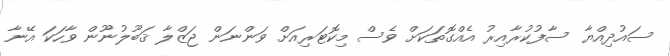
ސައުދިއްޔާ ސާފުކުރާއިރު އެއްގޮތަކަށް ވެސް މިކޮޓަރިއަށް ވަންނަން ޖަޒްލާ ޤަބޫލުނޫން ވާހަކަ އޭނާ